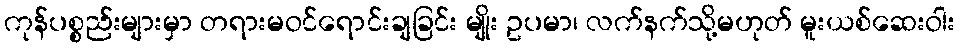
ကုန်ပစ္စည်းများမှာ တရားမဝင်ရောင်းချခြင်း မျိုး ဥပမာ၊ လက်နက်သို့မဟုတ် မူးယစ်ဆေးဝါး